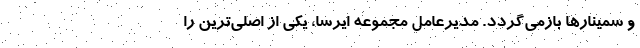
و سمینارها بازمی‌گردد. مدیرعامل مجموعه ایرسا، یکی از اصلی‌ترین را